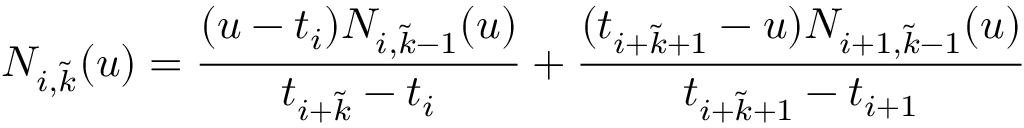
N _ { i , \tilde { k } } ( u ) = \frac { ( u - t _ { i } ) N _ { i , \tilde { k } - 1 } ( u ) } { t _ { i + \tilde { k } } - t _ { i } } + \frac { ( t _ { i + \tilde { k } + 1 } - u ) N _ { i + 1 , \tilde { k } - 1 } ( u ) } { t _ { i + \tilde { k } + 1 } - t _ { i + 1 } }